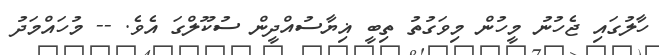
ހާލުގައި ޖެހުނު މީހުން މިވަގުތު ތިބީ ޣިޔާސުއްދީން ސުކޫލްގަ އެވެ. -- މުހައްމަދު